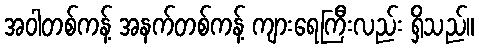
အဝါတစ်ကန့် အနက်တစ်ကန့် ကျားရေကြီးလည်း ရှိသည်။